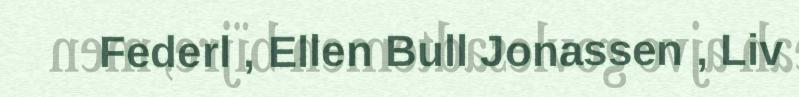
Federl , Ellen Bull Jonassen , Liv